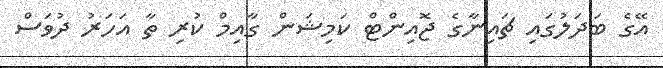
އޭގެ ބަދަލުގައި ޗައިނާގެ ޖޮއިންޓް ކަމިޝަން ގާއިމް ކުރި ތާ އަހަރު ދުވަސް